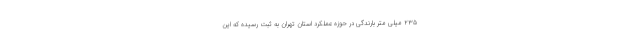
۲۳۵ میلی متر بارندگی در حوزه عملکرد استان تهران به ثبت رسیده که این